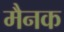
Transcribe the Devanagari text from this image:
मैनक